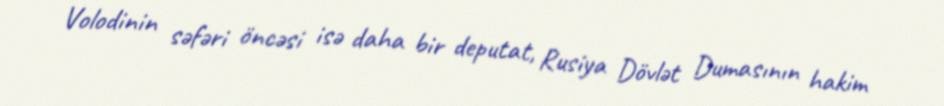
Volodinin səfəri öncəsi isə daha bir deputat, Rusiya Dövlət Dumasının hakim